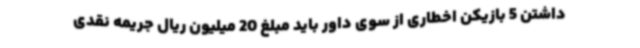
داشتن 5 بازیکن اخطاری از سوی داور باید مبلغ 20 میلیون ریال جریمه نقدی